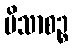
ပိသာစဉ္စ